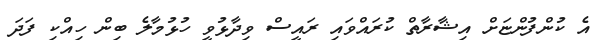
އެ ކުންފުންޏަށް އިޝާރާތް ކުރައްވައި ރައީސް ވިދާޅުވީ ހުޅުމާލެ ބިން ހިއްކި ފަދަ